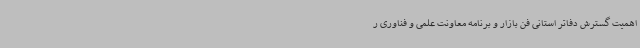
اهمیت گسترش دفاتر استانی فن بازار و برنامه معاونت علمی و فناوری ر